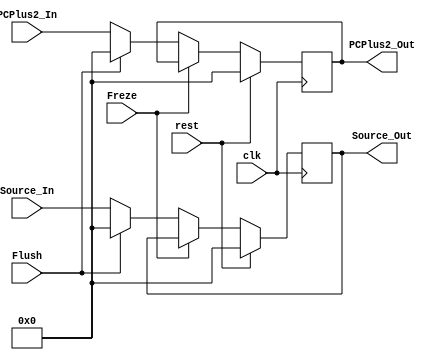
module IF2ID_Register(clk , rest , Flush , Freze ,Source_In ,Source_Out , PCPlus2_In , PCPlus2_Out);
	input clk , rest , Flush , Freze ;
	input [15:0] Source_In , PCPlus2_In ;
	output [15:0] Source_Out , PCPlus2_Out ;

	reg [15:0] Source_Out_register , PCPlus2_Out_register ;
	assign Source_Out = Source_Out_register ;
	assign PCPlus2_Out = PCPlus2_Out_register ;
	initial begin
Source_Out_register <= 0 ;
			PCPlus2_Out_register <= 0 ;
	end
	always @(posedge clk)begin 
		if (rest) begin 
			Source_Out_register <= 0 ;
			PCPlus2_Out_register <= 0 ;
		end else begin 
			if (!Freze) begin 
				if(Flush)begin 
					Source_Out_register <= 0 ;
					PCPlus2_Out_register <= 0 ;
				end else begin 
					Source_Out_register <= Source_In ;
					PCPlus2_Out_register <= PCPlus2_In ;
				end
			end
		end
	end

endmodule